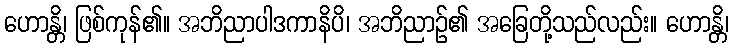
ဟောန္တိ၊ ဖြစ်ကုန်၏။ အဘိညာပါဒကာနိပိ၊ အဘိညာဉ်၏ အခြေတို့သည်လည်း။ ဟောန္တိ၊